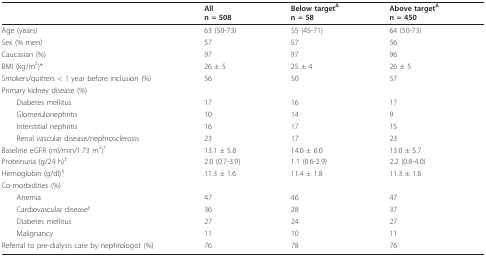
<table><thead><tr><td></td><td><b>Alln = 508</b></td><td><b>Below target<sup>Δ</sup>n = 58</b></td><td><b>Above target<sup>Δ</sup>n = 450</b></td></tr></thead><tbody><tr><td>Age (years)</td><td>63 (50-73)</td><td>55 (45-71)</td><td>64 (50-73)</td></tr><tr><td>Sex (% men)</td><td>57</td><td>57</td><td>56</td></tr><tr><td>Caucasian (%)</td><td>97</td><td>97</td><td>96</td></tr><tr><td>BMI (kg/m<sup>2</sup>)*</td><td>26 ± 5</td><td>25 ± 4</td><td>26 ± 5</td></tr><tr><td>Smokers/quitters &lt; 1 year before inclusion (%)</td><td>56</td><td>50</td><td>57</td></tr><tr><td>Primary kidney disease (%)</td><td></td><td></td><td></td></tr><tr><td> Diabetes mellitus</td><td>17</td><td>16</td><td>17</td></tr><tr><td> Glomerulonephritis</td><td>10</td><td>14</td><td>9</td></tr><tr><td> Interstitial nephritis</td><td>16</td><td>17</td><td>15</td></tr><tr><td> Renal vascular disease/nephrosclerosis</td><td>23</td><td>17</td><td>23</td></tr><tr><td>Baseline eGFR (ml/min/1.73 m<sup>2</sup>)<sup>†</sup></td><td>13.1 ± 5.8</td><td>14.0 ± 6.0</td><td>13.0 ± 5.7</td></tr><tr><td>Proteinuria (g/24 h)<sup>‡</sup></td><td>2.0 (0.7-3.9)</td><td>1.1 (0.6-2.9)</td><td>2.2 (0.8-4.0)</td></tr><tr><td>Hemoglobin (g/dl)<sup>§</sup></td><td>11.3 ± 1.6</td><td>11.4 ± 1.8</td><td>11.3 ± 1.6</td></tr><tr><td>Co-morbidities (%)</td><td></td><td></td><td></td></tr><tr><td> Anemia<sup>·</sup></td><td>47</td><td>46</td><td>47</td></tr><tr><td> Cardiovascular disease<sup>γ</sup></td><td>36</td><td>28</td><td>37</td></tr><tr><td> Diabetes mellitus</td><td>27</td><td>24</td><td>27</td></tr><tr><td> Malignancy</td><td>11</td><td>10</td><td>11</td></tr><tr><td>Referral to pre-dialysis care by nephrologist (%)</td><td>76</td><td>78</td><td>76</td></tr></tbody></table>